Report on horse surra - Volume I
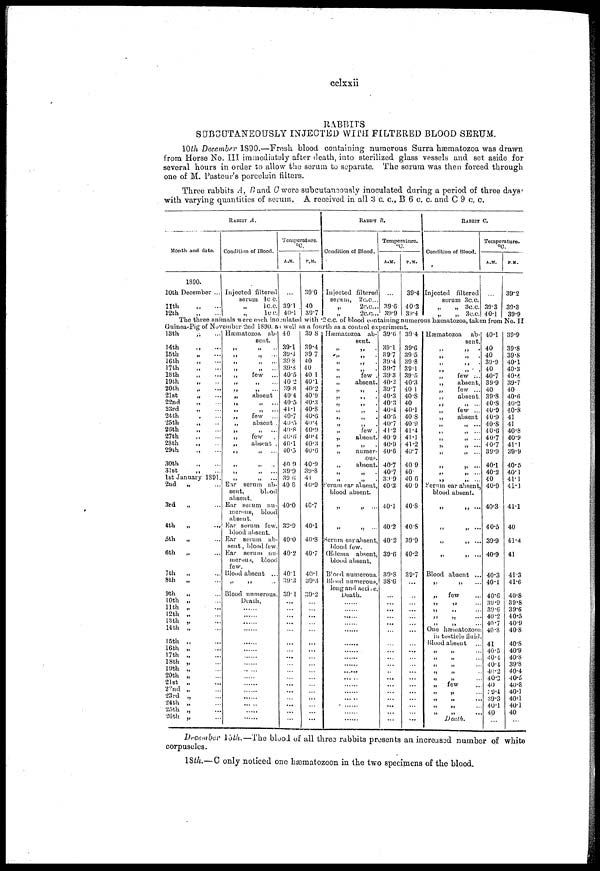
cclxxii
RABBITS
SUBCUTANEOUSLY INJECTED WITH FILTERED BLOOD SERUM.
10th December 1890.—Fresh blood containing numerous Surra hæmatozoa was drawn
from Horse No. III immediately after death, into sterilized glass vessels and set aside for
several hours in order to allow the serum to separate. The serum was then forced through
one of M. Pasteur's porcelain filters.
Three rabbits A, B and C were subcutaneously inoculated during a period of three days'
with varying quantities of serum. A received in all 3 c. c., B 6 c. c. and C 9 c. c.
Month and date.
1890.
10th December ...
11th
12th
RABBIT A.
Condition of Blood.
Injected filtered
serum 1 c.c.
„ 1 c.c.
„ 1 c.c.
Temperature.
°C.
A.M.
...
39.1
40. 1
P.M.
39.6
40
39.7
RABBIT B.
Condition of Blood.
Injected filtered
serum, 2 c.c...
„
2 c.c...
„ 2 c.c...
Temperature.
A.M.
39.6
39.9
P.M.
39.4
40.3
39.4
RABBIT C.
Condition of Blood.
Injected filtered
serum 3 c. c.
„
„ 3 c.c.
„ 3 c.c.
Temperature.
°C.
A.M.
...
39.3
40.1
P.M.
39.2
39.3
39.9
The three animals were each inoculated with 2 c.c. of blood containing numerous hæmatozoa, taken from No. II
Guinea-Pig of November 2nd 1890, as well as a fourth as a control experiment.
13th
14th
15th
16th
17th
18th
19th
20th
21st
22nd
23rd
24th
25th
26th
27th
28th
29th
30th
31st
1st January 1891.
2nd
„
3rd
„
4th
„
5th
„
6th
„
7th
8th
„
9th
„
10th „
11th „
12th „
13th „
14th „
15th „
16th „
17th „
18th „
19th „
20th „
21st „
22nd „
23rd „
24th „
25th „
26th „
Hæmatozoa ab-
sent.
„
..
„ .
„ „
„
few ...
„ „
„ „ ...
„
absent
„ „ ...
„ „ ...
„
few ...
„
absent .
„
„
„
few
„
absent .
„ „ ...
„ „ ...
„ „ ...
„
„
Ear serum ab-
sent,
blood
absent.
Ear seium nu-
merous, blood
absent.
Ear serum few,
blood absent.
Ear serum ab-
sent , blood few.
Ear serum nu-
merous, blood
few.
Blood absent ...
„ „
Blood numerous.
Death.
......
......
......
......
......
......
......
......
......
......
......
......
......
... ...
......
......
40
39.1
39.4
39.8
39.8
40.5
40.2
39.8
40.4
40.5
41.1
40.7
40.5
40.8
40.6
40.1
40.5
40.0
39.9
39.6
40.8
40.0
39.9
40.0
40.2
40.1
39.3
30.1
...
...
...
...
...
...
...
...
...
...
...
...
...
...
...
...
...
39.8
39.4
39.7
40
40
40.1
40.1
40.2
40.9
40.3
40.8
40.6
40 . 4
40.9
40.4
40.3
40.6
40.9
39.8
41
40.9
40.7
40.1
40.8
40.7
40.1
39.3
39.2
...
...
...
...
...
...
...
...
...
...
...
...
...
...
...
...
...
Hæmacozoa ab-
sent.
„ „
„ „
„ „
„
„
„
few .
„
absent.
„ „
„ „
„ „
„ „
„ „
„
few .
„
absent.
„ „ .
„
numer-
ous.
„
absent.
„ „
Serum ear absent,
blood absent.
„
„ ...
„ „
Serum ear absent,
blood few.
Œdema absent,
blood absent.
Blood numerous.
Blood numerous,
long and active.
Death.
......
......
......
......
......
......
......
......
......
......
......
......
......
......
......
......
39.6
39.1
39.7
39.4
39.7
39.3
40.2
39.7
40.3
40.3
40.4
40.5
40.7
41.2
40 9
40.9
40.6
40.7
40.7
39.9
40.3
40.1
40.2
40.2
39.6
39.8
38.6
...
...
...
...
...
...
...
...
...
...
...
...
...
...
...
...
...
...
39.4
39.6
39.5
39.8
39.1
39.5
40.3
40 1
40.8
40
40.1
40.8
40.9
41.4
41.1
41.2
40.7
40.9
40.
40.6
40.9
40.8
40.8
39.9
40.2
39.7
...
...
...
...
...
...
...
...
...
...
...
...
...
...
...
...
...
...
...
Hæmatozoa ab-
sent.
„ „ ...
„ „ ...
„ „ ...
„ „ ...
„
few ...
„
absent
„
few ...
„
absent.
„ „ ...
„
few ...
„
absent
„ „ ...
„ „ ...
„ „ ...
„ „ ...
„ „ ...
„ „ ...
Serum ear absent,
blood absent.
„ „ ...
„ „ ...
„ „ ...
„ „ ...
Blood absent ...
„ „ ...
„
few
„ „ ...
„ „ ...
„ „ ...
„ „
One hæmatozoon
in testicle fluid
Blood absent ...
„ „ ...
„ „ ...
„ „ ...
„ „ ...
„ „ ...
„ few ...
„ „ ...
„ „ ...
„ „ ...
Death.
40.1
40
40
39.9
40
40.7
39.9
40
39.8
40.8
40.9
40.9
40.8
40.6
40.7
40.7
39.9
40.1
40.2
40
40.9
40.3
40.5
39.9
40.9
40.3
40.1
40.6
39.9
39.6
40.2
40.7
40.8
41
40.5
40.4
40.4
40.2
40.2
40
39.4
39.3
40.1
40
...
39.9
39.8
39.8
40.1
40.3
40.4
39.7
40
40.6
40.2
40.8
41
41
40.8
40.9
41.1
39.9
40.5
40.1
41.1
41.1
41.1
40
41.4
41
41.3
41.6
40.8
39.8
39.6
40.5
40.9
40.8
40.8
40.9
40.8
39.8
40.4
40.5
40.8
40.1
40.1
40.1
40
...
December 15th.—The blood of all three rabbits presents an increased number of white
corpuscles.
18th.—C only noticed one hæmatozoon in the two specimens of the blood.